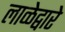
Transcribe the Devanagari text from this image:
लाळेद्वारे